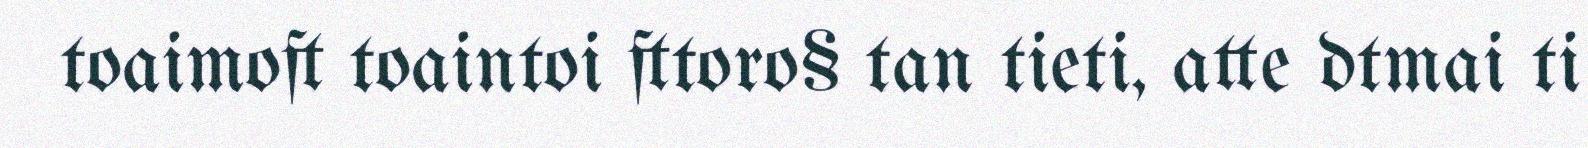
toaimoft toaintoi fttoro§ tan tieti, atte dtmai ti